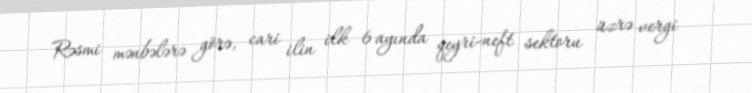
Rəsmi mənbələrə görə, cari ilin ilk 6 ayında qeyri-neft sektoru üzrə vergi